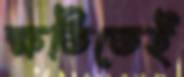
ক্ষতিতেই